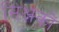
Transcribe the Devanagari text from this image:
सिक्षकों